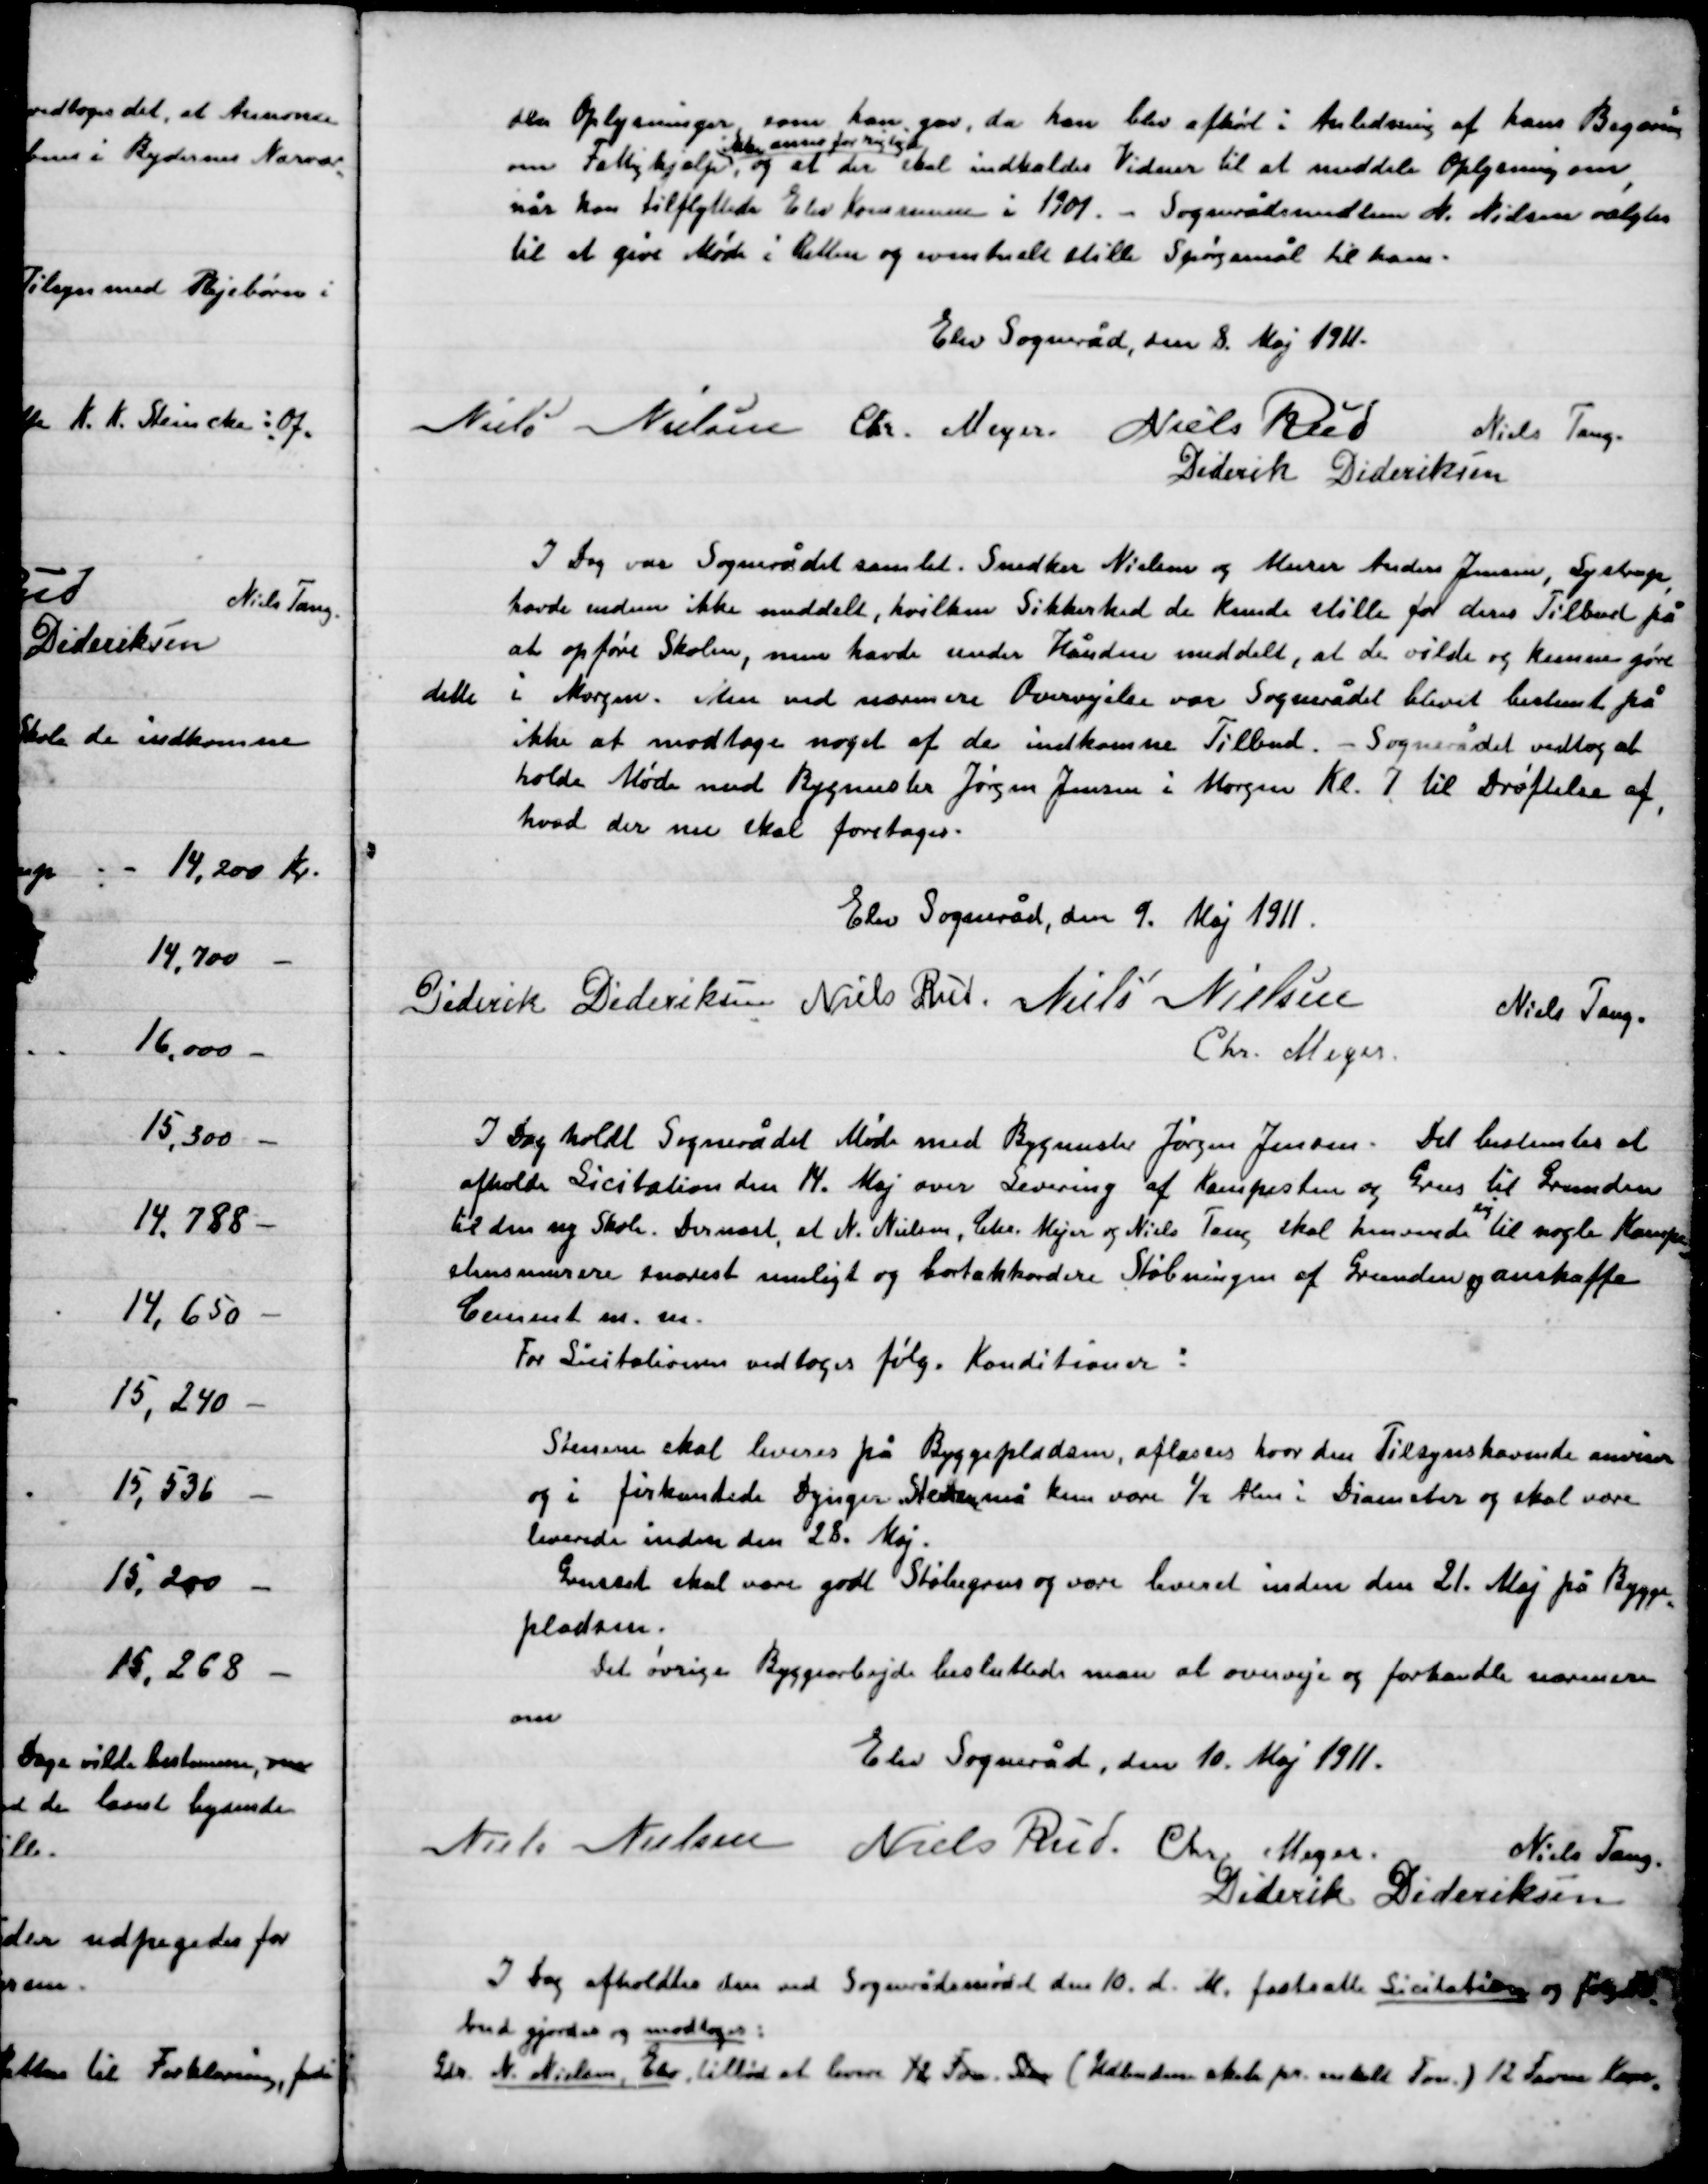
Transskription:
den Oplysning, som han gav, da han blev afhørt i Anledning af begæring
om Fattighjælp,
ikke anser for rigtig
, og at der skal indkaldes Vidner til at meddele Oplysning om
når han tilflyttede Elev Kommune i 1901. – Sognerådsmedlem N. Nielsen valgtes
til at give Møde i Retten og eventuel stille spørgsmål til ham.

Elev Sogneråd, den 8 Maj 1911.

Niels Nielsen
Chr. Meyer
Niels Rud
Niels Tang
Diderik Dideriksen

I Dag var Sognerådet samlet. Snedker Nielsen og Murer Anders Jensen Lystrup
havde endnu ikke meddelt, hvilken Sikkerhed de kunde stille for deres Tilbud på
at opføre Skolen, men havde under Hånden meddelt, at de vilde og kunne gøre
dette i Morgen. Men ved nærmere Overvejelse var Sognerådet blevet bestemt på
ikke at modtage noget af de indkomne Tilbud. – Sognerådet vedtog at
holde Møde med Bygmester Jørgen Jensen i Morgen Kl. 7 til drøftelse af,
hvad der nu skal foretages.

Elev Sogneråd, den 9. Maj 1911.

Diderik Dideriksen
Niels Rud
Niels Nielsen
Niels Tang
Chr. Meyer

I Dag holdt sognerådet Møde med Bygmester Jørgen Jensen. Det bestemtes at
Afholde Licitation den 14. Maj over Levering af Kampesten og Grus til Grunden
Til den ny Skole. Dermed at N. Nielsen, Chr. Mejer og Niels Tang skal henvende sig til nogle Kampe-
stensmurer snarest muligt og bortakkordere Støbningen af Grunden og anskaffe
Cement m.m.
For Licitationen vedtoges følg. Konditioner:
Stenene skal leveres på Byggepladsen, aflæsses hvor den Tilsynshavende anviser
og i firkantede Dynger, Stenene nå kun være ½ Alen i Diameter og skal være
leverede inden den 28. maj.
Gruset skal være godt Støbegrus og være leveret inden den 21. Maj på Bygge-
pladsen.
Det øvrige Byggearbejde besluttede man at overveje og forhandle nærmere
om.

Elev Sogneråd, den 10. Maj 1911.

Niels Nielsen
Niels Rud
Chr. Meyer
Niels Tang
Diderik Dideriksen

I Dag afholdtes der ved Sognerådsmødet den 10. d. M. fastsatte Licitation og følgende
Bud gjordes og modtoges:
Gdr. N. Nielsen, Elev tilbød at levere 12 Favn Sten (Udbuddene skala pr. m. hold Fvn. ) 12 Favn Kam-